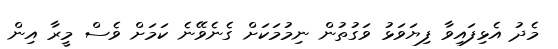
މެދު އެޅިފައިވާ ފިޔަވަޅު ވަގުތުން ނިމުމަކަށް ގެނެވޭނެ ކަމަށް ވެސް މީރާ އިން